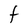
Character: t